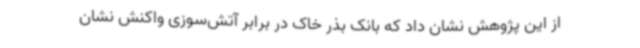
از این پژوهش نشان داد که بانک بذر خاک در برابر آتش‌سوزی واکنش نشان